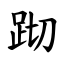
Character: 䟙